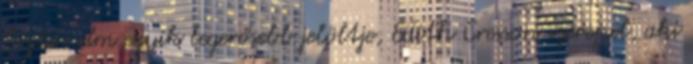
biztos cím egyik legerősebb jelöltje, Edith Cresson szerepel, aki